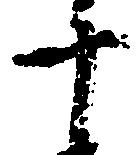
十